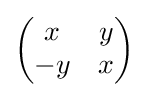
{\begin{pmatrix}x&y\\-y&x\end{pmatrix}}